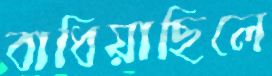
বাধিয়াছিলে